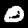
Label: 0